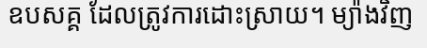
ឧបសគ្គ ដែលត្រូវការដោះស្រាយ។ ម្យ៉ាងវិញ